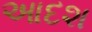
આદશ